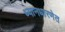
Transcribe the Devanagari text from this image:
ध्यानधारणेत